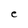
Character: e